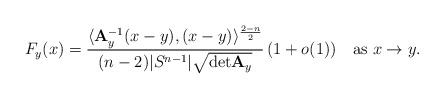
\begin{align*}F_y(x)=\frac{\langle {\bf A}_y^{-1}(x-y),(x-y)\rangle^{\frac{2-n}{2}}}{(n-2)|S^{n-1}|\sqrt{{\rm det}{\bf A}_y}}\,(1+o(1))\quad\hbox{as}\ x\to y.\end{align*}